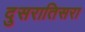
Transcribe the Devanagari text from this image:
दुसरातिसरा